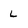
Character: L